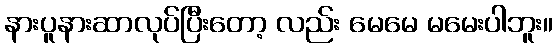
နားပူနားဆာလုပ်ပြီးတော့ လည်း မေမေ မမေးပါဘူး။